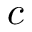
c